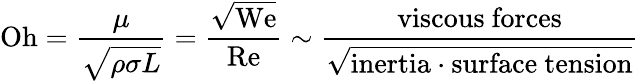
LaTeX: \mathrm{Oh}={\frac{\mu}{\sqrt{\rho\sigma L}}}={\frac{\sqrt{\mathrm{We}}}{\mathrm{Re}}}\sim{\frac{\mathrm{viscous~forces}}{\sqrt{{\mathrm{inertia}}\cdot{\mathrm{surface~tension}}}}}